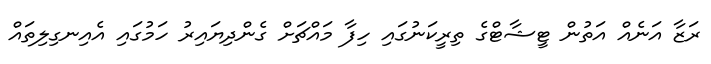
ރަޒާ އަނެއް އަތުން ޓީޝާޓްގެ ތިރީކަނުގައި ހިފާ މައްޗަށް ގެންދިޔައިރު ހަމުގައި އެއިނގިލިތައް